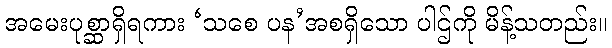
အမေးပုစ္ဆာရှိရကား ‘သစေ ပန’အစရှိသော ပါဌ်ကို မိန့်သတည်း။